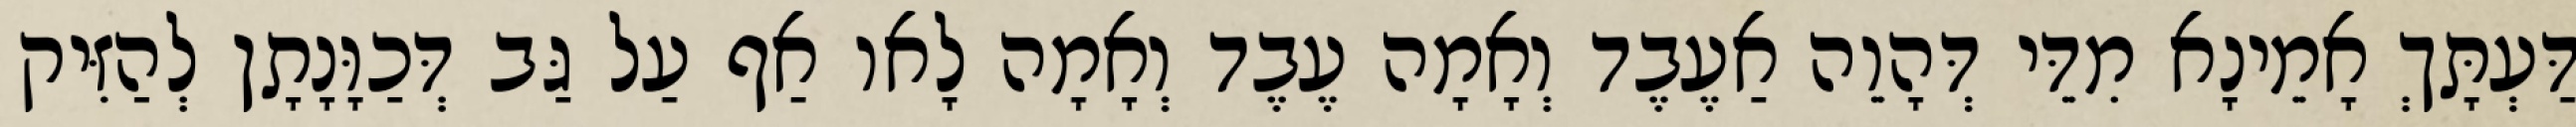
דַּעְתָּךְ אָמֵינָא מִדֵּי דְּהָוֵה אַעֶבֶד וְאָמָה עֶבֶד וְאָמָה לָאו אַף עַל גַּב דְּכַוָּנָתָן לְהַזִּיק